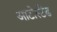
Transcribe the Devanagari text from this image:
आटोस्टैंड